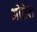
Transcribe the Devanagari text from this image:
ओतेल